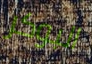
البوكر